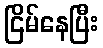
ငြိမ်နေပြီး